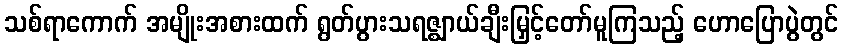
သစ်ရာကောက် အမျိုးအစားထက် ရွတ်ပွားသရဇ္ဈာယ်ချီးမြှင့်တော်မူကြသည့် ဟောပြောပွဲတွင်